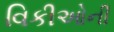
વિકીઓની